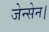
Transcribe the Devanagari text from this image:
जेन्सेन।